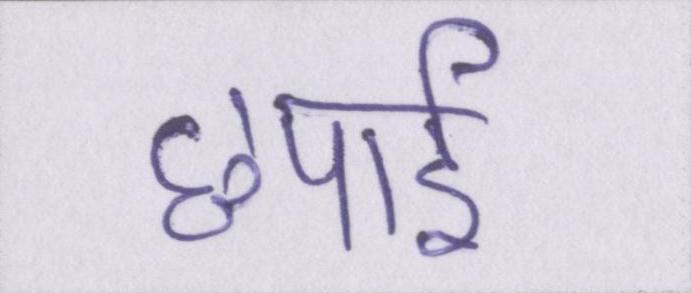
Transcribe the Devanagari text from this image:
छपाई